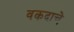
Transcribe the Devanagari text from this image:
वकदाचे